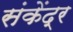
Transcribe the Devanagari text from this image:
संकेंद्र